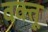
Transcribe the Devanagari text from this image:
वक्तू